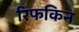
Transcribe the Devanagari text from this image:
रिफकिन